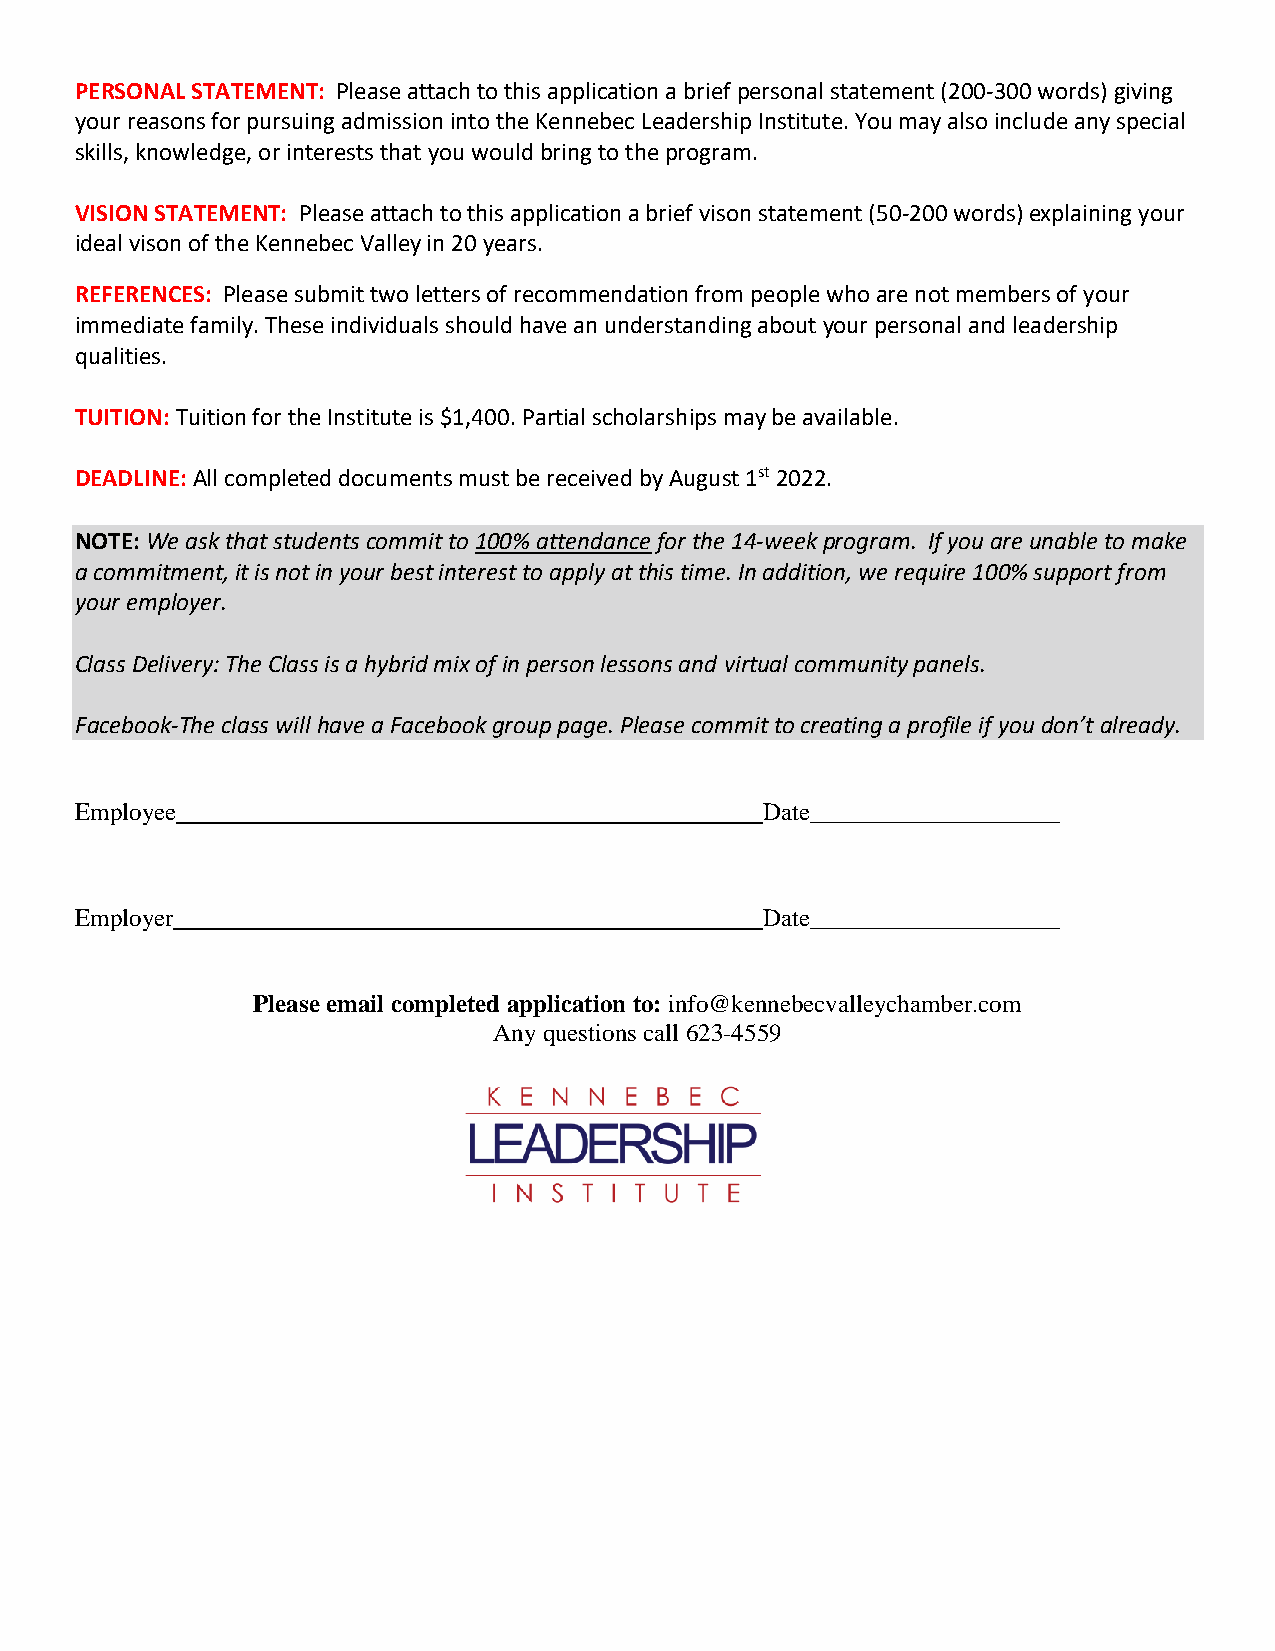
PERSONAL STATEMENT: Please attach to this application a brief personal statement (200-300 words) giving
 your reasons for pursuing admission into the Kennebec Leadership Institute. You may also include any special
 skills, knowledge, or interests that you would bring to the program.
 VISION STATEMENT: Please attach to this application a brief vison statement (50-200 words) explaining your
 ideal vison of the Kennebec Valley in 20 years.
 REFERENCES: Please submit two letters of recommendation from people who are not members of your
 immediate family. These individuals should have an understanding about your personal and leadership
 qualities.
 TUITION: Tuition for the Institute is $1,400. Partial scholarships may be available.
 DEADLINE: All completed documents must be received by August 1st 2022.
 NOTE: We ask that students commit to 100% attendance for the 14-week program. If you are unable to make
 a commitment, it is not in your best interest to apply at this time. In addition, we require 100% support from
 your employer.
 Class Delivery: The Class is a hybrid mix of in person lessons and virtual community panels.
 Facebook-The class will have a Facebook group page. Please commit to creating a profile if you don’t already.
 Employee                                     Date____________________
 Employer                                     Date____________________
 Please email completed application to: info@kennebecvalleychamber.com
 Any questions call 623-4559